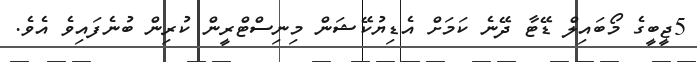
5ޖީބީގެ މޯބައިލް ޑޭޓާ ދޭނެ ކަމަށް އެޑިޔުކޭޝަން މިނިސްޓްރީން ކުރިން ބުނެފައިވެ އެވެ.